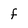
Character: f